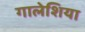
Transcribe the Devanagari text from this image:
गालेशिया